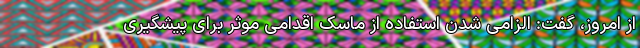
از امروز، گفت: الزامی شدن استفاده از ماسک اقدامی موثر برای پیشگیری